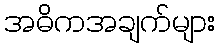
အဓိကအချက်များ